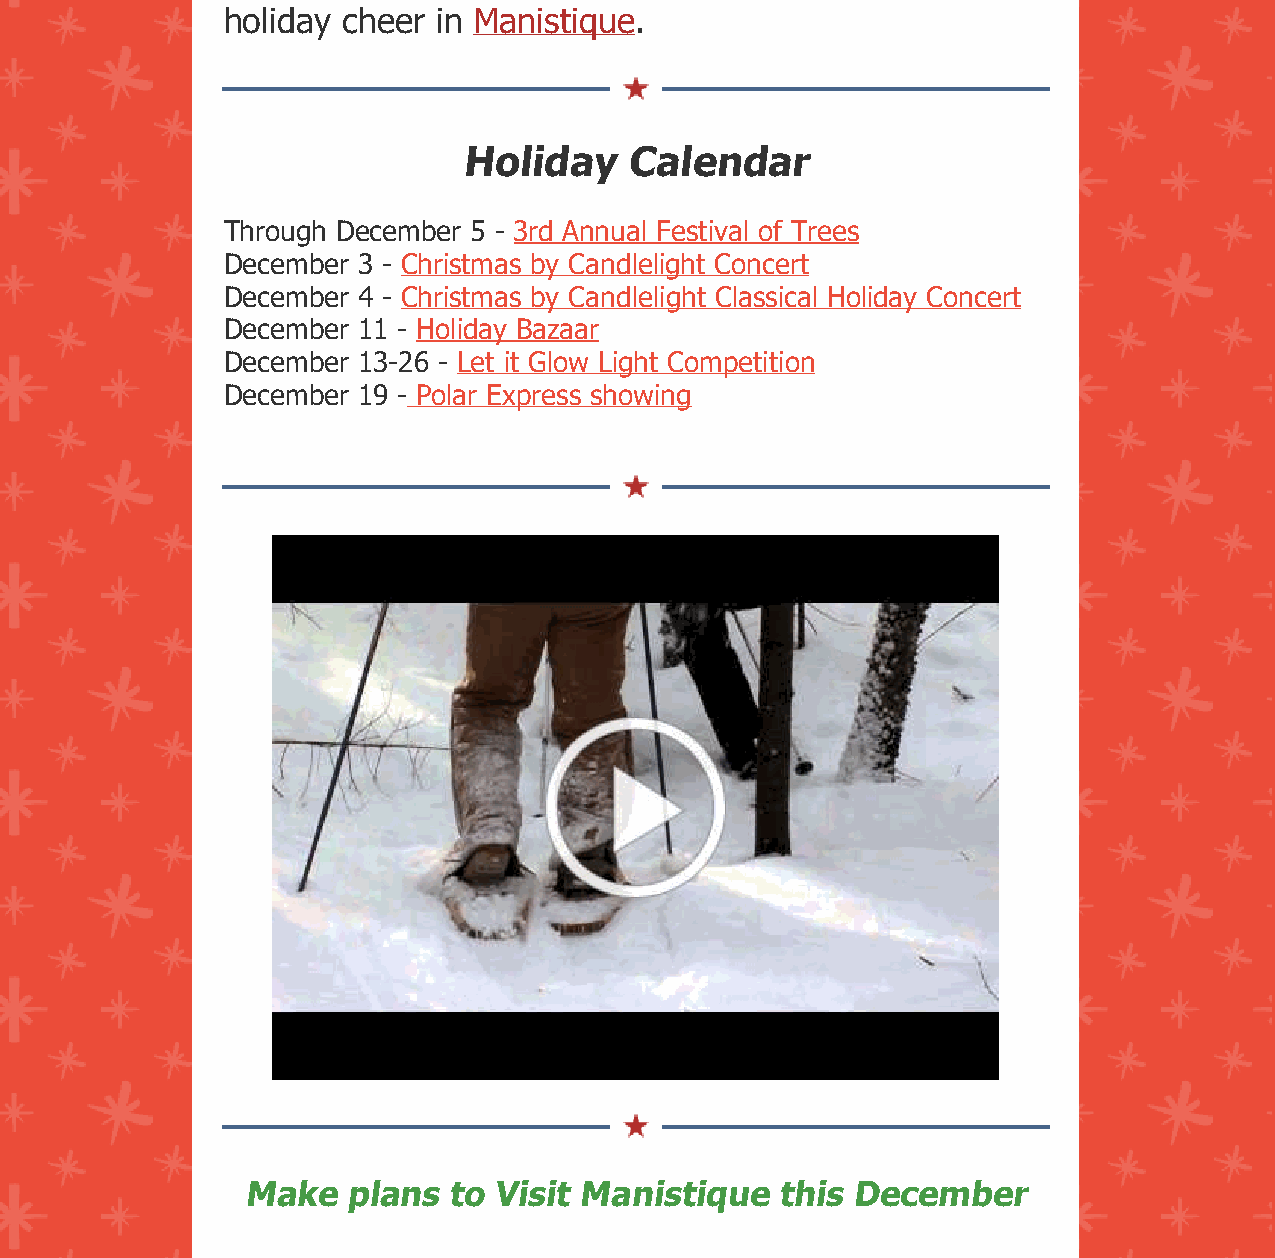
holiday cheer in Manistique.
 Holiday   Calendar
 Through December 5 - 3rd Annual Festival of Trees
 December 3 - Christmas by Candlelight Concert
 December 4 - Christmas by Candlelight Classical Holiday Concert
 December 11 - Holiday Bazaar
 December 13-26 - Let it Glow Light Competition
 December 19 - Polar Express showing
 Make   plans  to Visit Manistique  this December